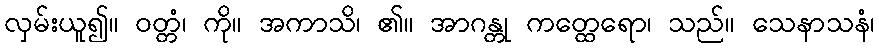
လှမ်းယူ၍။ ဝတ္တံ၊ ကို။ အကာသိ၊ ၏။ အာဂန္တု ကတ္ထေရော၊ သည်။ သေနာသနံ၊